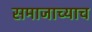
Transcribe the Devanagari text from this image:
समाजाच्याच